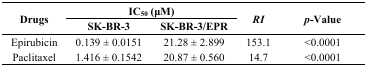
<table><thead><tr><td rowspan="2"><b>Drugs</b></td><td colspan="2"><b>IC<sub>50</sub> (μM)</b></td><td rowspan="2"><b><i>RI</i></b></td><td rowspan="2"><b><i>p</i>-Value</b></td></tr><tr><td><b>SK-BR-3</b></td><td><b>SK-BR-3/EPR</b></td></tr></thead><tbody><tr><td>Epirubicin</td><td>0.139 ± 0.0151</td><td>21.28 ± 2.899</td><td>153.1</td><td>&lt;0.0001</td></tr><tr><td>Paclitaxel</td><td>1.416 ± 0.1542</td><td>20.87 ± 0.560</td><td>14.7</td><td>&lt;0.0001</td></tr></tbody></table>